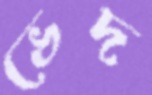
ভেদ